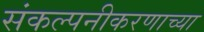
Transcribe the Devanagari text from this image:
संकल्पनीकरणाच्या